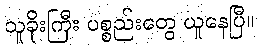
သူခိုးကြီး ပစ္စည်းတွေ ယူနေပြီ။